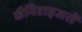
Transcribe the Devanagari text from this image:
सैनिटाइजरों